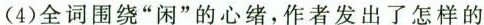
(4)全词围绕”闲”的心绪，作者发出了怎样的